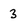
Character: 3